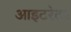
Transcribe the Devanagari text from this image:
आइटरेटर